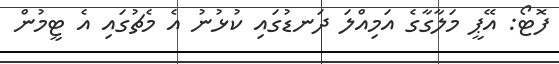
ފޮޓޯ: އޭޕީ މަލާގާގެ އަމިއްލަ ދަނޑުގައި ކުޅުނު އެ މެޗުގައި އެ ޓީމުން